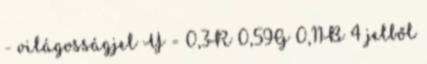
- világosságjel Y = 0,3R 0,59G 0,11B 4 jelből